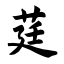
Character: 莛